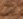
تضن